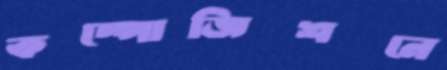
কম্পোজিশনে